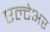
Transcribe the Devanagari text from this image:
एल्टेअर